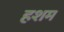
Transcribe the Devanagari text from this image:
हशम